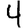
Digit: 4